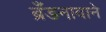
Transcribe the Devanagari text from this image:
ब्रँडनावाने